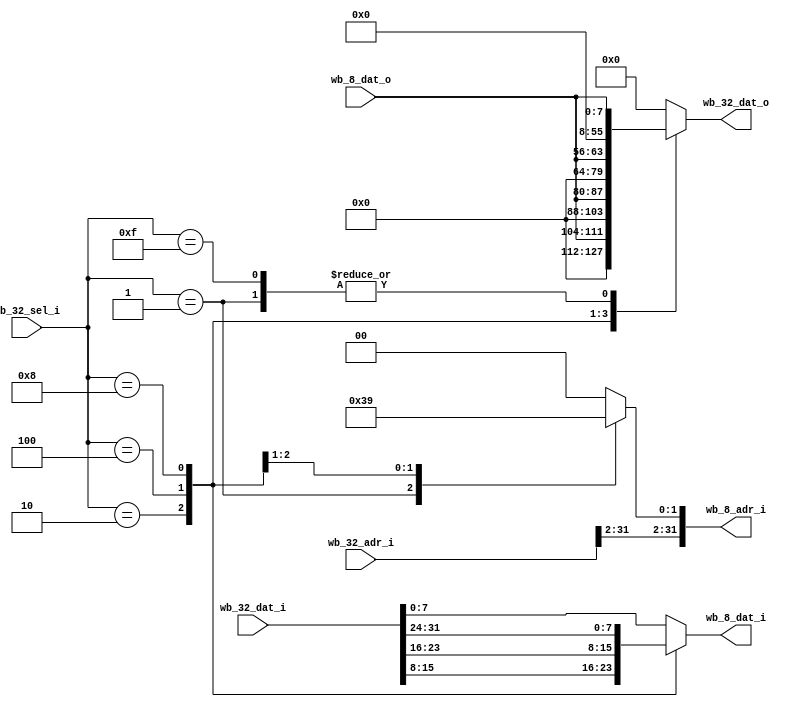

module minsoc_wb_32_8_bridge(
    wb_32_sel_i,
    wb_32_dat_i, wb_32_dat_o, wb_32_adr_i,

    wb_8_dat_i, wb_8_dat_o, wb_8_adr_i
);

input [3:0] wb_32_sel_i;

input [31:0] wb_32_dat_i;
output reg [31:0] wb_32_dat_o;
input [31:0] wb_32_adr_i;

output reg [7:0] wb_8_dat_i;
input [7:0] wb_8_dat_o;
output [31:0] wb_8_adr_i;

reg [1:0] wb_8_adr;

// put output to the correct byte in 32 bits using select line
always @(wb_32_sel_i or wb_8_dat_o)
    case (wb_32_sel_i)
        4'b0001: wb_32_dat_o <= #1 {24'b0, wb_8_dat_o};
        4'b0010: wb_32_dat_o <= #1 {16'b0,  wb_8_dat_o , 8'b0};
        4'b0100: wb_32_dat_o <= #1 {8'b0, wb_8_dat_o , 16'b0};
        4'b1000: wb_32_dat_o <= #1 {wb_8_dat_o , 24'b0};
        4'b1111: wb_32_dat_o <= #1 {24'b0, wb_8_dat_o};
        default: wb_32_dat_o <= #1 0;
    endcase // case(wb_sel_i)

always @(wb_32_sel_i or wb_32_dat_i)
begin
	case (wb_32_sel_i)
		4'b0001 : wb_8_dat_i = wb_32_dat_i[7:0];
		4'b0010 : wb_8_dat_i = wb_32_dat_i[15:8];
		4'b0100 : wb_8_dat_i = wb_32_dat_i[23:16];
		4'b1000 : wb_8_dat_i = wb_32_dat_i[31:24];
		default : wb_8_dat_i = wb_32_dat_i[7:0];
	endcase // case(wb_sel_i)
	case (wb_32_sel_i)
		4'b0001 : wb_8_adr = 2'h3;
		4'b0010 : wb_8_adr = 2'h2;
		4'b0100 : wb_8_adr = 2'h1;
		4'b1000 : wb_8_adr = 2'h0;
		default : wb_8_adr = 2'h0;
	endcase // case(wb_sel_i)
end

assign wb_8_adr_i = { wb_32_adr_i[31:2] , wb_8_adr };

endmodule